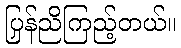
ပြန်ညှိကြည့်တယ်။